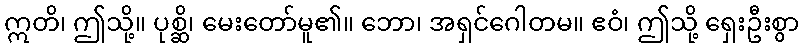
ဣတိ၊ ဤသို့။ ပုစ္ဆိ၊ မေးတော်မူ၏။ ဘော၊ အရှင်ဂေါတမ။ ဧဝံ၊ ဤသို့ ရှေးဦးစွာ